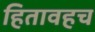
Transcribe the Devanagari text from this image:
हितावहच